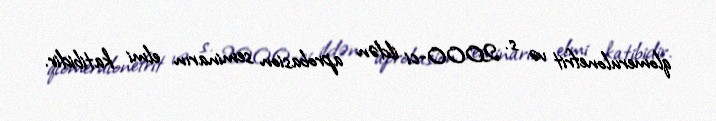
qlomerulonefrit və s. 2000-ci ildən aprobasion seminarın elmi katibidir.